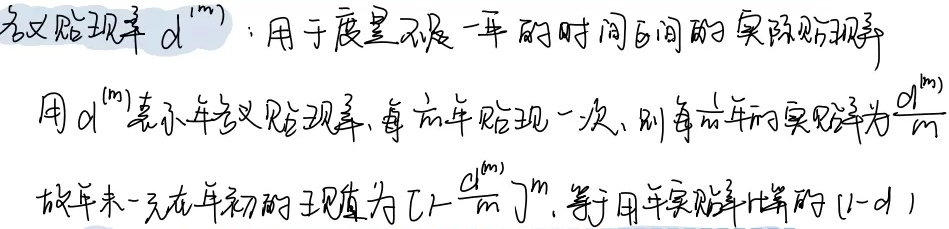
名义贴现率 \(d^{(m)}\)：用于度量不足一年的时间区间的实际贴现率。用\(d^{(m)}\)表示年名义贴现率，每\(\frac{1}{m}\)年贴现一次，则每\(\frac{1}{m}\)年的实贴率为\(\frac{d^{(m)}}{m}\)。故年末一元在年初的现值为\(\left[1 - \frac{d^{(m)}}{m}\right]^m\)，等于用年实贴率计算的\((1 - d)\)。